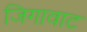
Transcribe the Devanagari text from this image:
जिगावाट